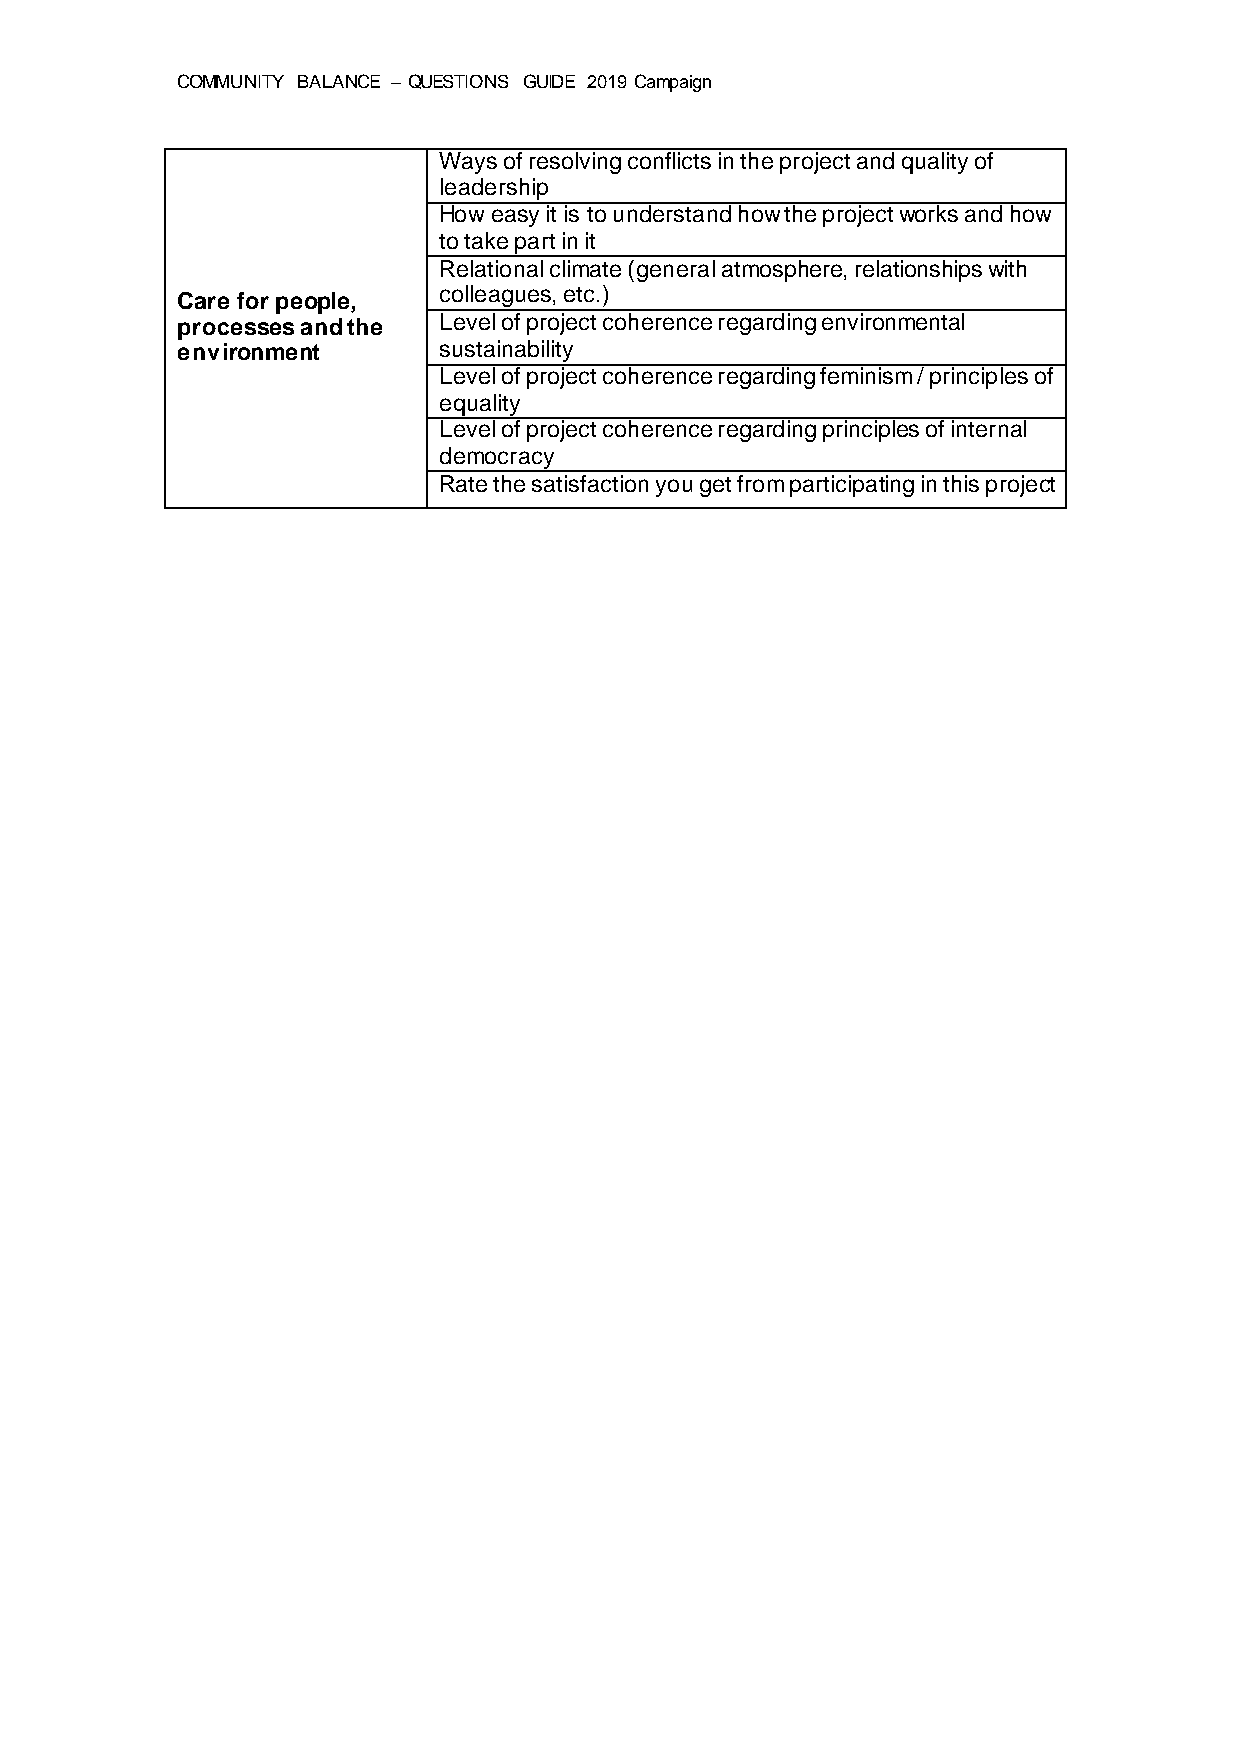
COMMUNITY BALANCE – QUESTIONS GUIDE 2019 Campaign
 Ways of resolving conflicts in the project and quality of
 leadership
 How easy it is to understand how the project works and how
 to take part in it
 Relational climate (general atmosphere, relationships with
 colleagues, etc.)
 Care for people,
 processes and the Level of project coherence regarding environmental
 environment      sustainability
 Level of project coherence regarding feminism / principles of
 equality
 Level of project coherence regarding principles of internal
 democracy
 Rate the satisfaction you get from participating in this project